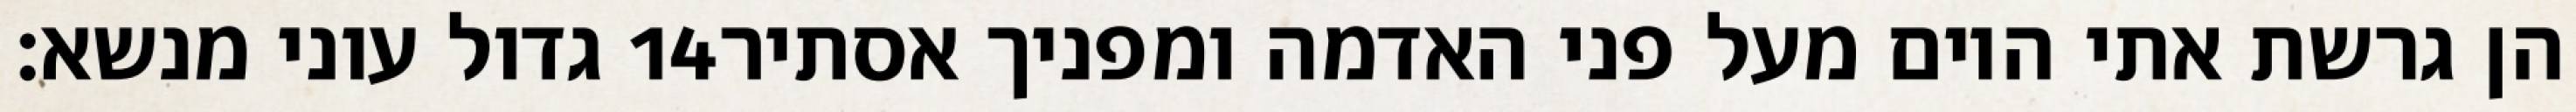
גדול עוני מנשא׃ ‎14‏ הן גרשת אתי היום מעל פני האדמה ומפניך אסתיר